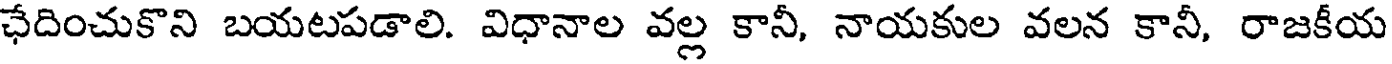
ఛేదించుకొని బయటపడాలి. విధానాల వల్ల కానీ, నాయకుల వలన కానీ, రాజకీయ